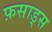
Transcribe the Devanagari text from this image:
फ़साड्स